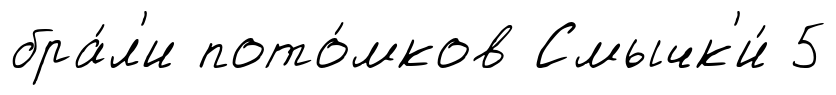
бра́л'и пото́мков Смычк'и́ 5